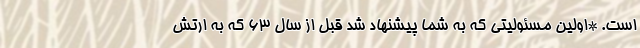
است. *اولین مسئولیتی که به شما پیشنهاد شد قبل از سال ۶۳ که به ارتش